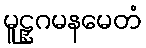
မူဠှဂမနမေတံ